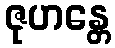
ဇုဟန္တေ